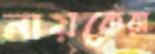
নায়কেরা